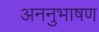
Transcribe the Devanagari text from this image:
अननुभाषण